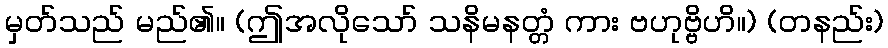
မှတ်သည် မည်၏။ (ဤအလိုသော် သနိမနတ္တံ ကား ဗဟုဗ္ဗိဟိ။) (တနည်း)